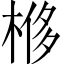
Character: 𣔢